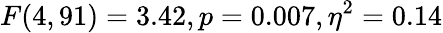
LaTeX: F(4,91)=3.42,p=0.007,\eta^{2}=0.14